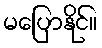
မပြောနိုင်။